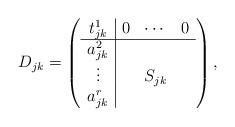
LaTeX: \begin{align*}D_{jk}=\left( \begin{array}{c|ccc} t_{jk}^1&0&\cdots&0\\ \hline a_{jk}^2&&& \\ \vdots&&S_{jk}& \\ a_{jk}^r&&& \end{array} \right), \end{align*}